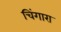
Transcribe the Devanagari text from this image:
चिंगारा